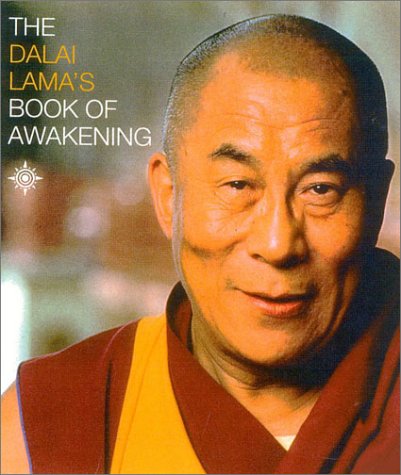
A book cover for The Dalai Lama's Book of Awakening; His Holiness the Dalai Lama; Religion & Spirituality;